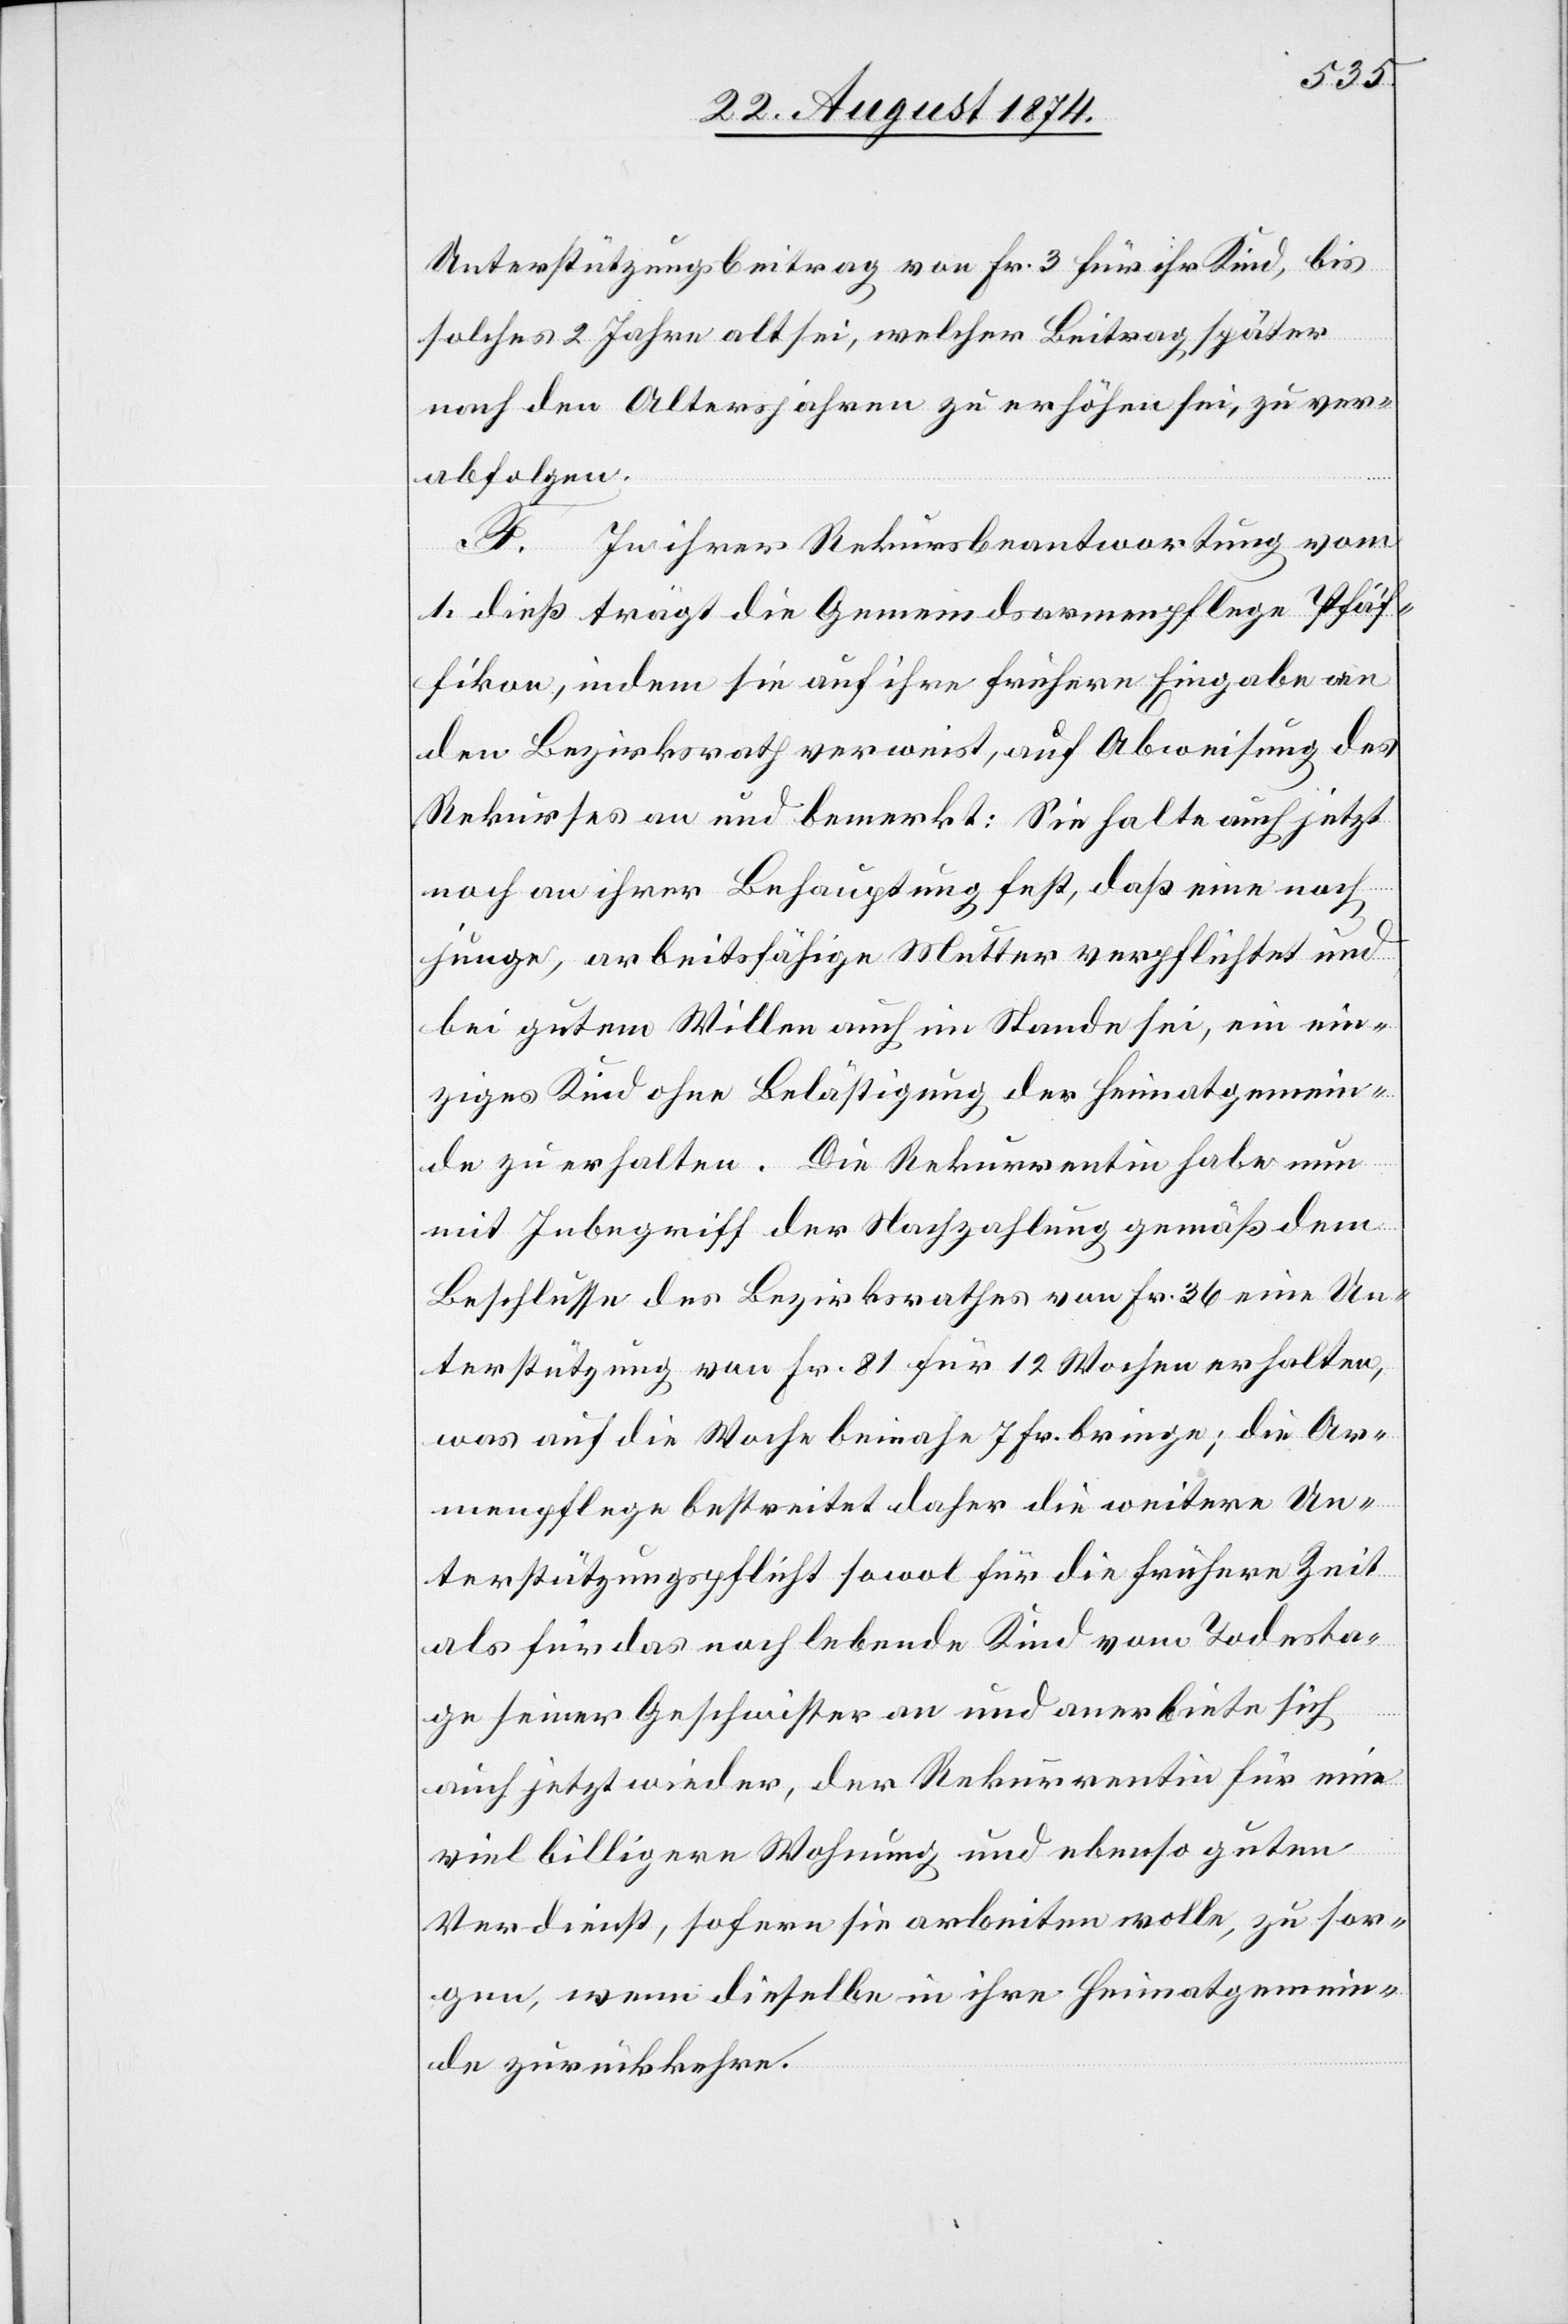
Unterstützungsbeitrag von Fr. 3 für ihr Kind, bis
solches 2 Jahre alt sei, welcher Beitrag später
nach den Altersjahren zu erhöhen sei, zu ver¬
abfolgen.
F. In ihrer Rekursbeantwortung vom
1. dieß trägt die Gemeindsarmenpflege Pfäf¬
fikon, indem sie auf ihre frühere Eingabe an
den Bezirksrath verweist, auf Abweisung des
Rekurses an und bemerkt: Sie halte auch jetzt
noch an ihrer Behauptung fest, daß eine noch
junge, arbeitsfähige Mutter verpflichtet und
bei gutem Willen auch im Stande sei, ein ein¬
ziges Kind ohne Belästigung der Heimatgemein¬
de zu erhalten. Die Rekurrentin habe nun
mit Inbegriff der Nachzahlung gemäß dem
Beschlusse des Bezirksrathes von Fr. 36 eine Un¬
terstützung von Fr. 81 für 12 Wochen erhalten,
was auf die Woche beinahe 7 Fr. bringe; die Ar¬
menpflege bestreitet daher die weitere Un¬
terstützungspflicht sowol für die frühere Zeit
als für das noch lebende Kind vom Todesta¬
ge seiner Geschwister an und anerbiete sich
auch jetzt wieder, der Rekurrentin für eine
viel billigere Wohnung und ebenso guten
Verdienst, sofern sie arbeiten wolle, zu sor¬
gen, wenn dieselbe in ihre Heimatgemein¬
de zurückkehre.